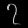
Digit: ၇